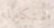
متكاملة